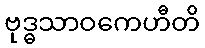
ဗုဒ္ဓသာဝကေဟီတိ